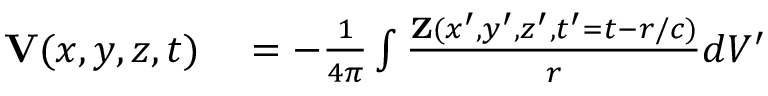
\begin{array} { r l } { { \mathbf V } ( x , y , z , t ) } & { { } = - \frac { 1 } { 4 \pi } \int \frac { { \mathbf Z } ( x ^ { \prime } , y ^ { \prime } , z ^ { \prime } , t ^ { \prime } = t - r / c ) } { r } d V ^ { \prime } } \end{array}